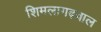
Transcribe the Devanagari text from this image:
शिमलागढ़वाल